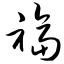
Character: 福